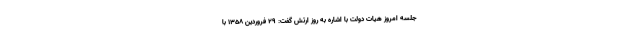
جلسه امروز هیات دولت با اشاره به روز ارتش گفت: ۲۹ فروردین ۱۳۵۸ با